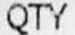
QTY